Report on the working of the Ranchi Indian Mental Hospital, Kanke, in Bihar and Orissa - 1930-1940
Year: 1930
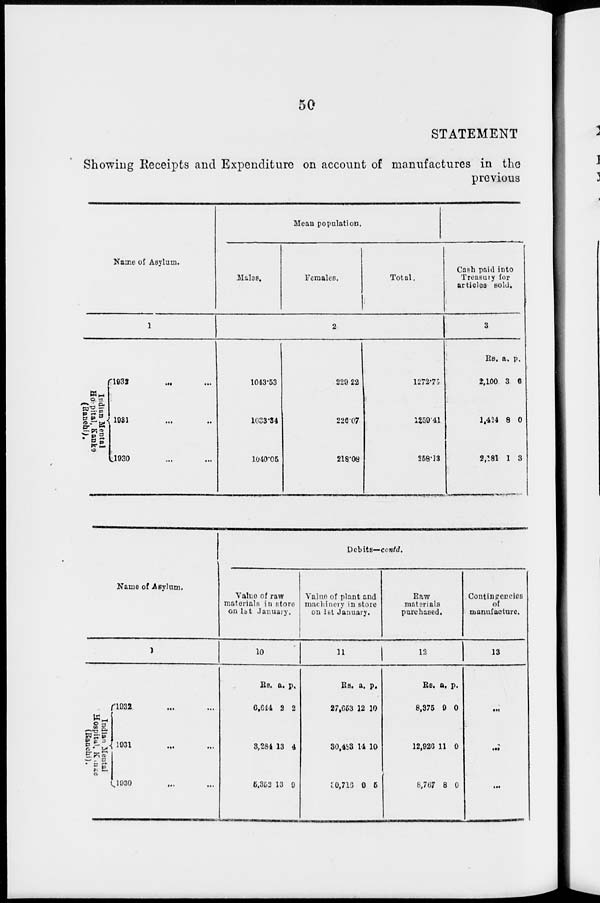
50
STATEMENT
Showing Receipts and Expenditure on account of manufactures in the
previous
Name of Asylum.
1
Indian Mental
Hospital,
Kanke
(Ranchi).
1932 ... ...
1931 ... ...
1930 ... ...
Mean population.
Males.
Females.
Total.
2
1043.53
1033.34
1040.05
229.22
226.07
218.08
1272.75
1259.41
258.13
Cash paid into
Treasury for
articles sold.
3
Rs.
2,100
1,424
2,181
a.
3
8
1
p.
6
0
3
Name of Asylum.
1
Indian Mental
Hospital, Kanke
(Ranchi).
1932 ... ...
1931 ... ...
1930 ... ...
Debits—contd.
Value of raw
materials in store
on 1st January.
10
Rs.
6,644
3,284
5,352
a.
2
13
13
p.
2
4
9
Value of plant and
machinery in store
on 1st January.
11
Rs.
27,653
30,483
30,716
a.
12
14
0
p.
10
10
5
Raw
materials
purchased.
12
Rs.
8,375
12,926
8,767
a.
9
11
8
p.
0
0
0
Contingencies
of
manufacture.
13
...
...
...